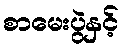
စာမေးပွဲနှင့်